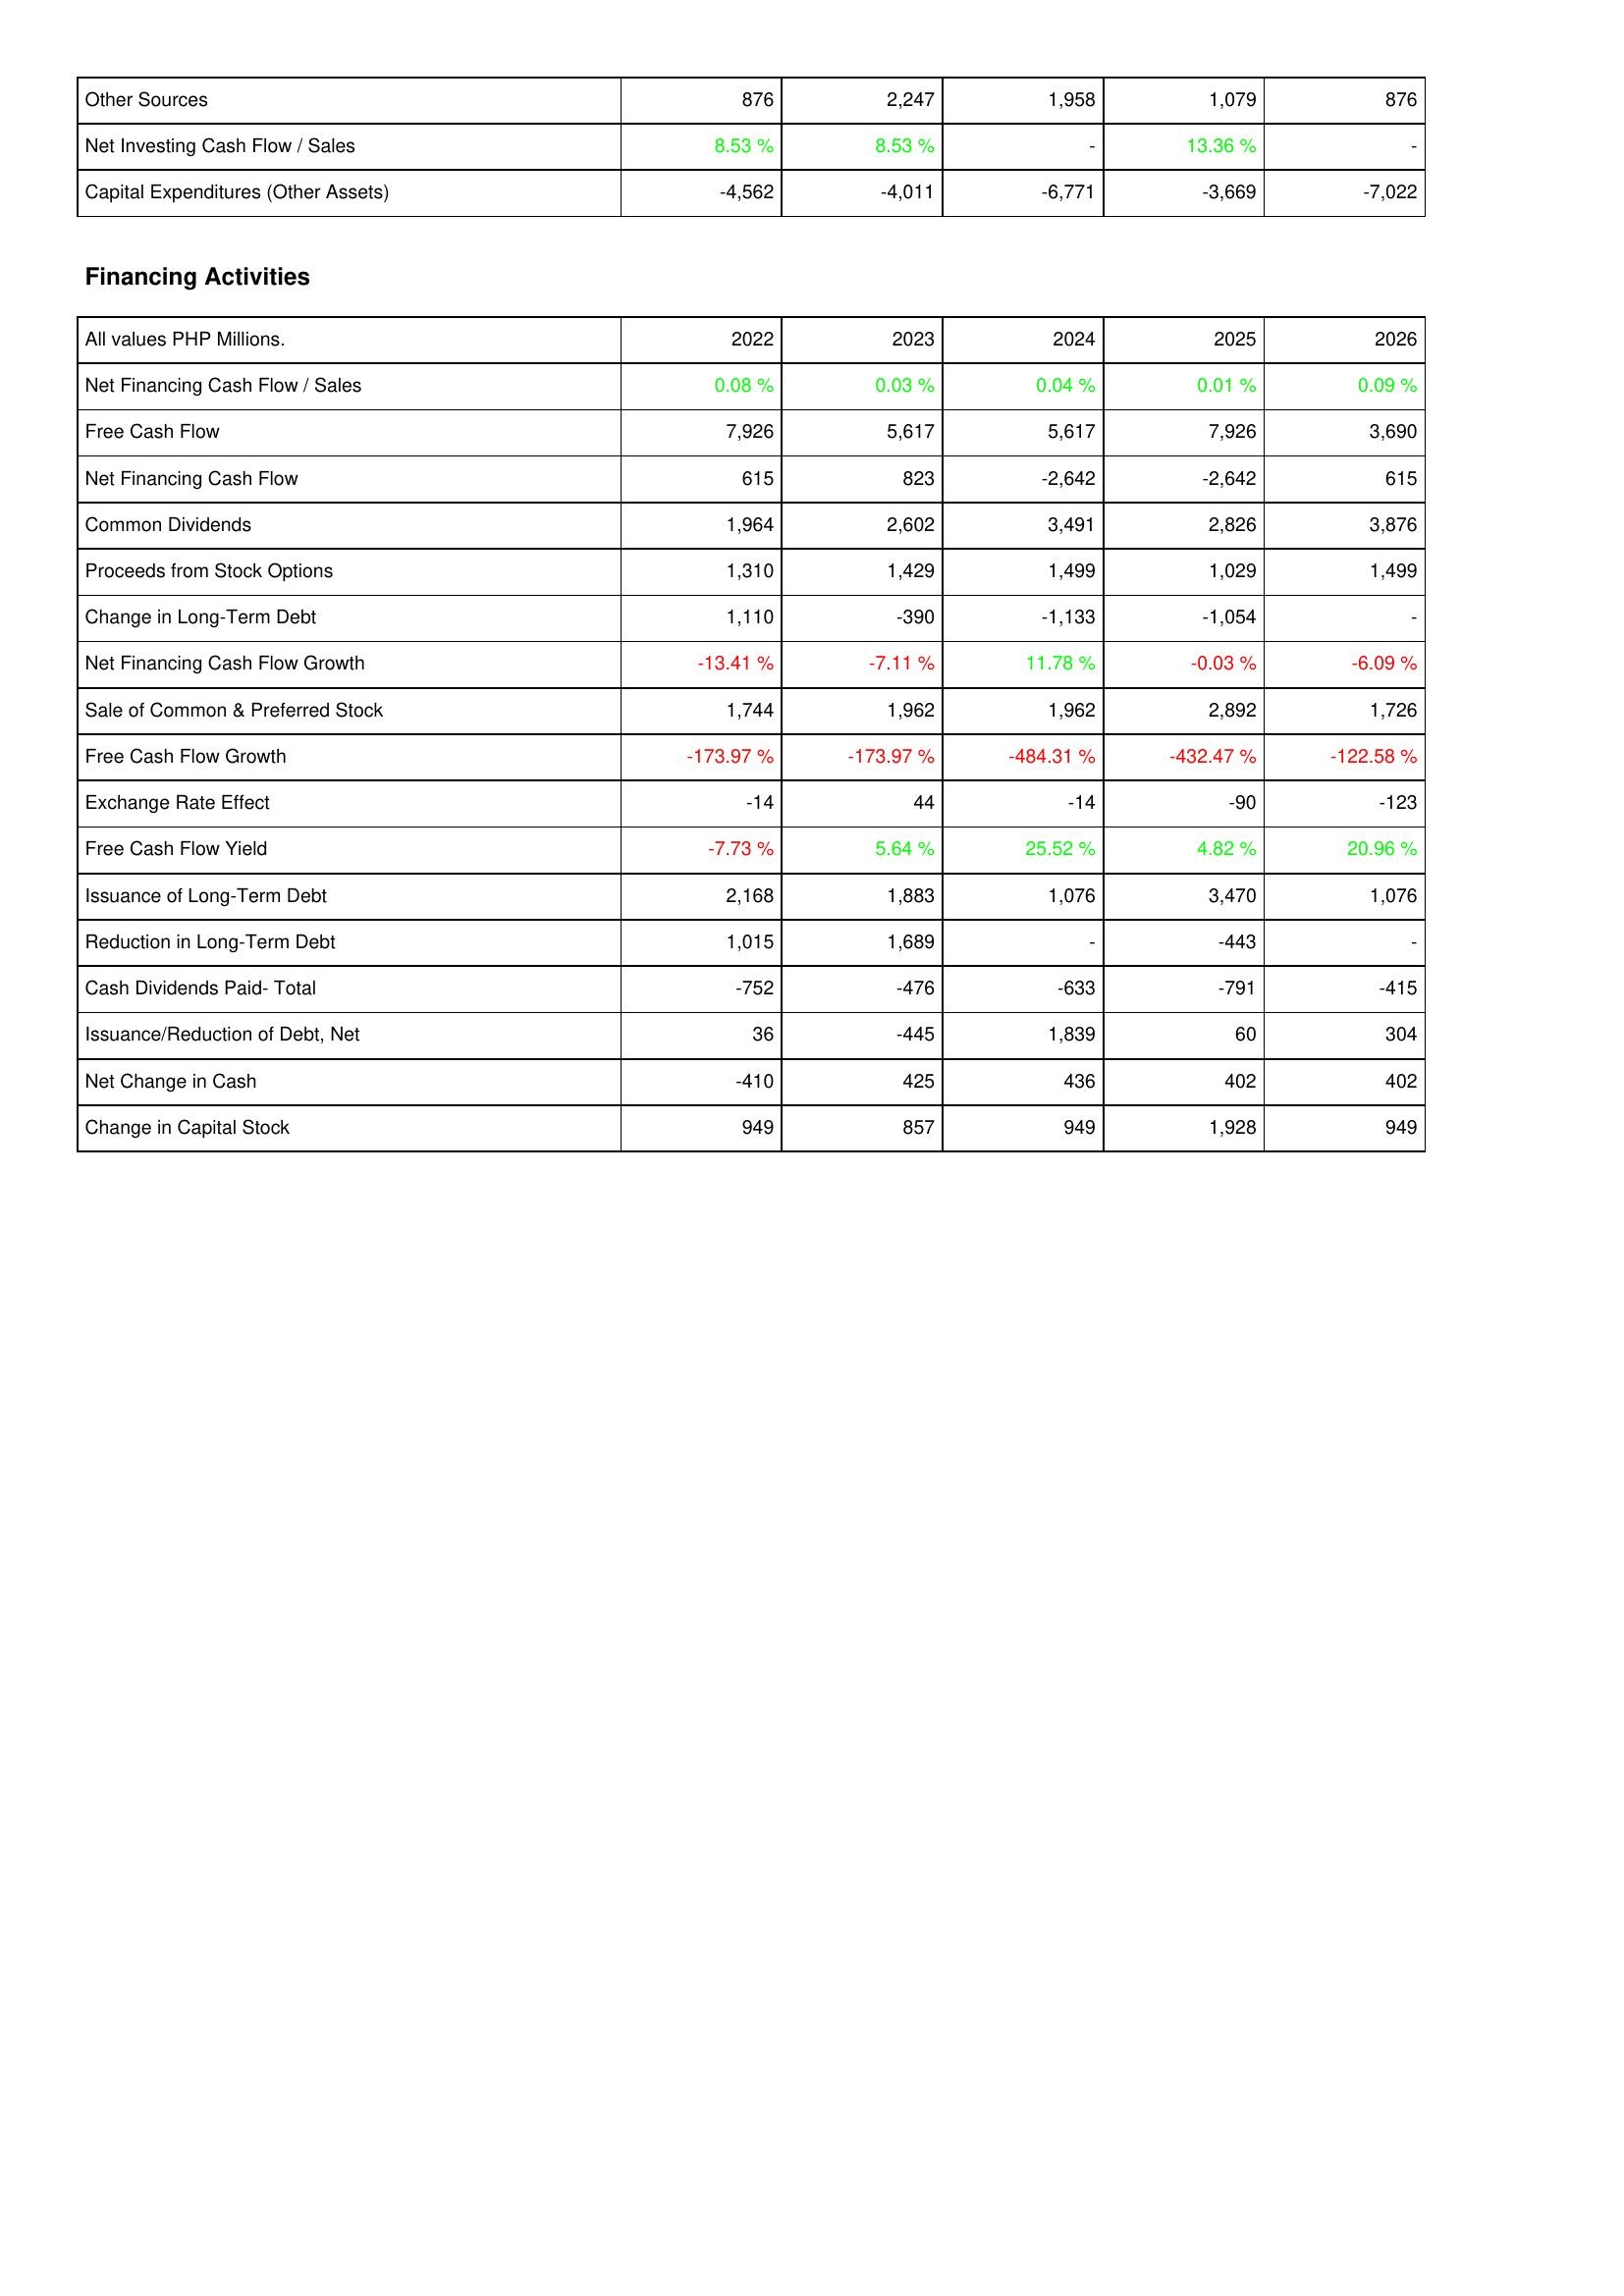
2022: Investing Activities: Other Sources: 876
Net Investing Cash Flow / Sales: 8.53 %
Capital Expenditures (Other Assets): -4,562
Financing Activities: Net Financing Cash Flow / Sales: 0.08 %
Free Cash Flow: 7,926
Net Financing Cash Flow: 615
Common Dividends: 1,964
Proceeds from Stock Options: 1,310
Change in Long-Term Debt: 1,110
Net Financing Cash Flow Growth: -13.41 %
Sale of Common & Preferred Stock: 1,744
Free Cash Flow Growth: -173.97 %
Exchange Rate Effect: -14
Free Cash Flow Yield: -7.73 %
Issuance of Long-Term Debt: 2,168
Reduction in Long-Term Debt: 1,015
Cash Dividends Paid- Total: -752
Issuance/Reduction of Debt, Net: 36
Net Change in Cash: -410
Change in Capital Stock: 949
2023: Investing Activities: Other Sources: 2,247
Net Investing Cash Flow / Sales: 8.53 %
Capital Expenditures (Other Assets): -4,011
Financing Activities: Net Financing Cash Flow / Sales: 0.03 %
Free Cash Flow: 5,617
Net Financing Cash Flow: 823
Common Dividends: 2,602
Proceeds from Stock Options: 1,429
Change in Long-Term Debt: -390
Net Financing Cash Flow Growth: -7.11 %
Sale of Common & Preferred Stock: 1,962
Free Cash Flow Growth: -173.97 %
Exchange Rate Effect: 44
Free Cash Flow Yield: 5.64 %
Issuance of Long-Term Debt: 1,883
Reduction in Long-Term Debt: 1,689
Cash Dividends Paid- Total: -476
Issuance/Reduction of Debt, Net: -445
Net Change in Cash: 425
Change in Capital Stock: 857
2024: Investing Activities: Other Sources: 1,958
Net Investing Cash Flow / Sales: -
Capital Expenditures (Other Assets): -6,771
Financing Activities: Net Financing Cash Flow / Sales: 0.04 %
Free Cash Flow: 5,617
Net Financing Cash Flow: -2,642
Common Dividends: 3,491
Proceeds from Stock Options: 1,499
Change in Long-Term Debt: -1,133
Net Financing Cash Flow Growth: 11.78 %
Sale of Common & Preferred Stock: 1,962
Free Cash Flow Growth: -484.31 %
Exchange Rate Effect: -14
Free Cash Flow Yield: 25.52 %
Issuance of Long-Term Debt: 1,076
Reduction in Long-Term Debt: -
Cash Dividends Paid- Total: -633
Issuance/Reduction of Debt, Net: 1,839
Net Change in Cash: 436
Change in Capital Stock: 949
2025: Investing Activities: Other Sources: 1,079
Net Investing Cash Flow / Sales: 13.36 %
Capital Expenditures (Other Assets): -3,669
Financing Activities: Net Financing Cash Flow / Sales: 0.01 %
Free Cash Flow: 7,926
Net Financing Cash Flow: -2,642
Common Dividends: 2,826
Proceeds from Stock Options: 1,029
Change in Long-Term Debt: -1,054
Net Financing Cash Flow Growth: -0.03 %
Sale of Common & Preferred Stock: 2,892
Free Cash Flow Growth: -432.47 %
Exchange Rate Effect: -90
Free Cash Flow Yield: 4.82 %
Issuance of Long-Term Debt: 3,470
Reduction in Long-Term Debt: -443
Cash Dividends Paid- Total: -791
Issuance/Reduction of Debt, Net: 60
Net Change in Cash: 402
Change in Capital Stock: 1,928
2026: Investing Activities: Other Sources: 876
Net Investing Cash Flow / Sales: -
Capital Expenditures (Other Assets): -7,022
Financing Activities: Net Financing Cash Flow / Sales: 0.09 %
Free Cash Flow: 3,690
Net Financing Cash Flow: 615
Common Dividends: 3,876
Proceeds from Stock Options: 1,499
Change in Long-Term Debt: -
Net Financing Cash Flow Growth: -6.09 %
Sale of Common & Preferred Stock: 1,726
Free Cash Flow Growth: -122.58 %
Exchange Rate Effect: -123
Free Cash Flow Yield: 20.96 %
Issuance of Long-Term Debt: 1,076
Reduction in Long-Term Debt: -
Cash Dividends Paid- Total: -415
Issuance/Reduction of Debt, Net: 304
Net Change in Cash: 402
Change in Capital Stock: 949